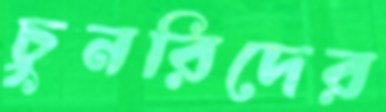
চুনরিদের